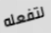
لتفعله